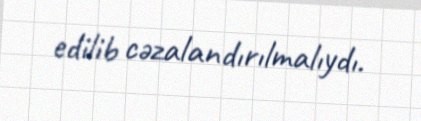
edilib cəzalandırılmalıydı.